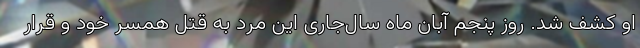
او کشف شد. روز پنجم آبان ماه‌ سال‌جاری این مرد به قتل همسر خود و قرار